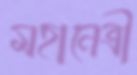
মহানেত্রী